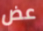
عض